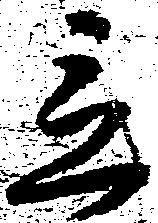
立